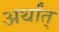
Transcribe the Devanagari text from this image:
अर्थांत्‌